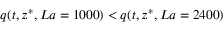
q ( t , z ^ { * } , L a = 1 0 0 0 ) < q ( t , z ^ { * } , L a = 2 4 0 0 )